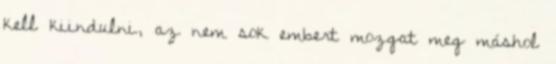
kell kiindulni, az nem sok embert mozgat meg máshol